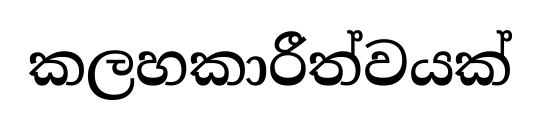
කලහකාරීත්වයක්